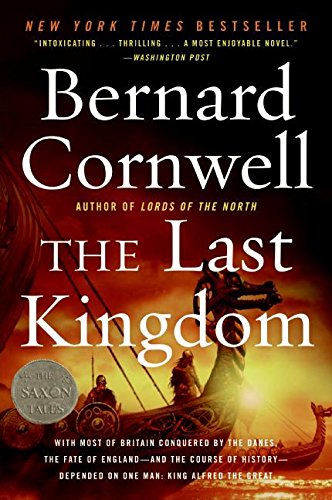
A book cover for The Last Kingdom (The Saxon Chronicles Series #1); Bernard Cornwell; Literature & Fiction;